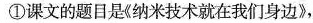
①课文的题目是《纳米技术就在我们身边》，